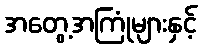
အတွေ့အကြုံများနှင့်